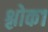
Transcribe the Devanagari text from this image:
श्लोक१